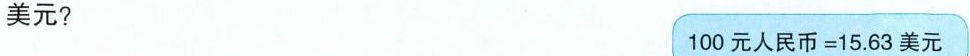
美元? 100元人民币=15.63美元